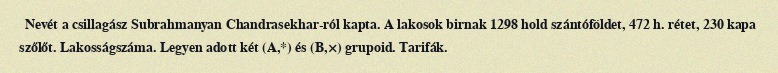
Nevét a csillagász Subrahmanyan Chandrasekhar-ról kapta. A lakosok birnak 1298 hold szántóföldet, 472 h. rétet, 230 kapa szőlőt. Lakosságszáma. Legyen adott két (A,*) és (B,×) grupoid. Tarifák.